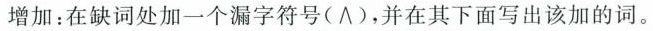
增加：在缺词处加一个漏字符号(∧)，并在其下面写出该加的词。